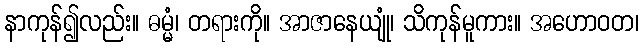
နာကုန်၍လည်း။ ဓမ္မံ၊ တရားကို။ အာဇာနေယျုံ၊ သိကုန်မူကား။ အဟောဝတ၊